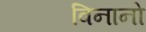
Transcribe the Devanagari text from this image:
विनानो